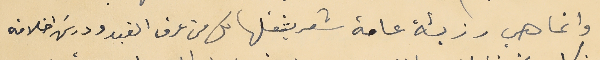
وانما هي رزيئة عامة شعر بثقلها كل من عرف الفيد ودرسَ اخلاقه